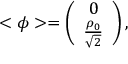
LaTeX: < { \phi } > = \left( \begin{array} { c l } { { 0 } } \\ { { \frac { \rho _ { 0 } } { \sqrt { 2 } } } } \end{array} \right) ,